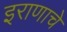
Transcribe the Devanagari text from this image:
इराणाचे